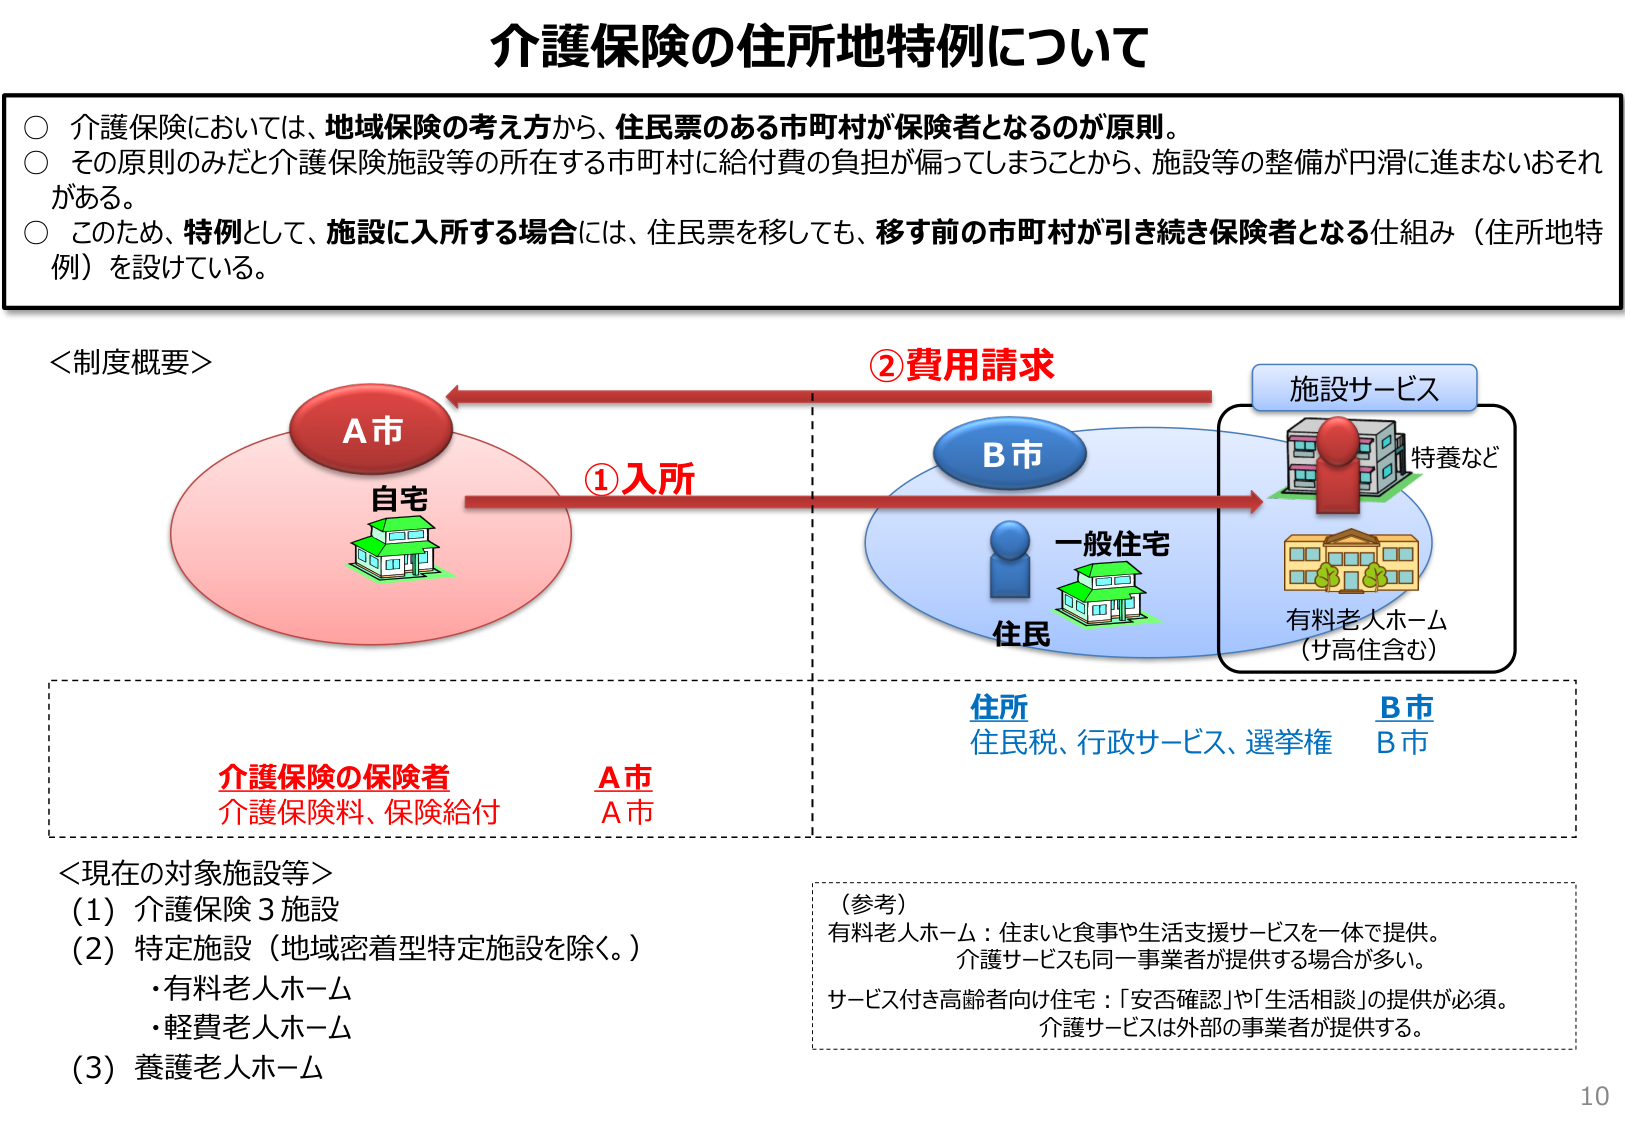
介護保険の住所地特例について

○ 介護保険においては、地域保険の考え方から、住民票のある市町村が保険者となるのが原則。
○ その原則のみだと介護保険施設等の所在する市町村に給付費の負担が偏ってしまうことから、施設等の整備が円滑に進まないおそれがある。
○ このため、特例として、施設に入所する場合には、住民票を移しても、移す前の市町村が引き続き保険者となる仕組み（住所地特例）を設けている。

＜制度概要＞

A市
自宅

①入所

B市
住民
一般住宅

②費用請求

施設サービス
特養など
有料老人ホーム
（サ高住含む）

介護保険の保険者
介護保険料、保険給付
A市
A市

住所
住民税、行政サービス、選挙権
B市
B市

＜現在の対象施設等＞
（1）介護保険３施設
（2）特定施設（地域密着型特定施設を除く。）
・有料老人ホーム
・軽費老人ホーム
（3）養護老人ホーム

（参考）
有料老人ホーム：住まいと食事や生活支援サービスを一体で提供。
介護サービスも同一事業者が提供する場合が多い。
サービス付き高齢者向け住宅：「安否確認」や「生活相談」の提供が必須。
介護サービスは外部の事業者が提供する。

10